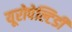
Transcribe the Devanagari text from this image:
यूरोपेल्टिडी